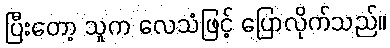
ပြီးတော့ သူက လေသံဖြင့် ပြောလိုက်သည်။